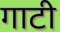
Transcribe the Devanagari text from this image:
गाटी